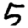
Digit: 5